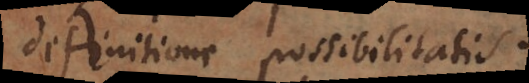
definitione possibilitatis.